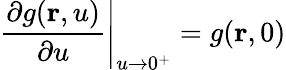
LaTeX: \left.\frac{\partial g(\mathbf{r},u)}{\partial u}\right\vert_{u\rightarrow 0^{+}}=g(\mathbf{r},0)